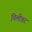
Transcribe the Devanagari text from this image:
चिलीवर